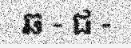
ឆ - ជ -